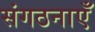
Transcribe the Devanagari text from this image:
संगठनाएँ